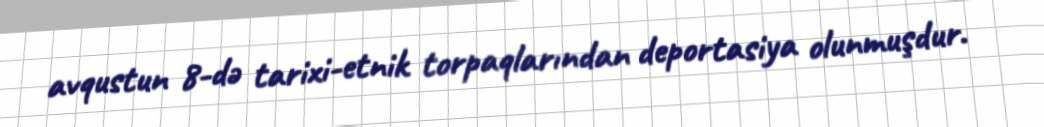
avqustun 8-də tarixi-etnik torpaqlarından deportasiya olunmuşdur.